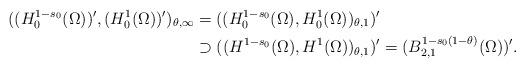
LaTeX: \begin{align*}((H^{1-s_0}_0(\Omega))^\prime,(H^1_0(\Omega))^\prime)_{\theta,\infty} &= ((H^{1-s_0}_0(\Omega),H^1_0(\Omega))_{\theta,1})^\prime \\&\supset ((H^{1-s_0}(\Omega),H^1(\Omega))_{\theta,1})^\prime = (B^{1-s_0(1-\theta)}_{2,1}(\Omega))^\prime. \end{align*}